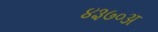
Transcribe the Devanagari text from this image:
४३७०अ